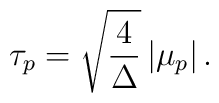
\tau_p = \sqrt {{4\over \Delta}}\,|\mu_p|\, .